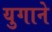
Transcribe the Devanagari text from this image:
युगाने